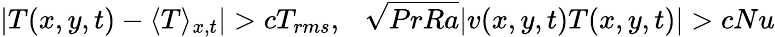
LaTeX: |T(x,y,t)-\langle T\rangle_{x,t}|>cT_{rms},\ \ \ \sqrt{PrRa}|v(x,y,t)T(x,y,t)|>cNu